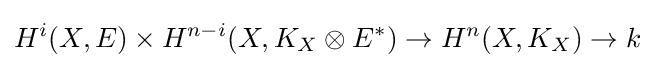
H^{i}(X,E)\times H^{n-i}(X,K_{X}\otimes E^{*})\to H^{n}(X,K_{X})\to k